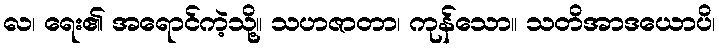
လ၊ ရေး၏ အရောင်ကဲ့သို့။ သဟဇာတာ၊ ကုန်သော။ သတိအာဒယောပိ၊